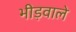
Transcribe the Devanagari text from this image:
भीड़वाले